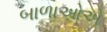
બાળાઓએ